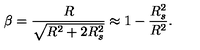
\beta = { \frac { R } { \sqrt { R ^ { 2 } + 2 R _ { s } ^ { 2 } } } } \approx 1 - { \frac { R _ { s } ^ { 2 } } { R ^ { 2 } } } .